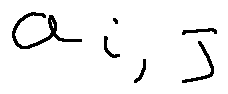
a _ { i , j }